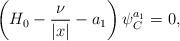
LaTeX: \begin{align*}\left(H_0-\frac{\nu}{|x|}-a_1\right)\psi^{a_1}_C=0,\end{align*}